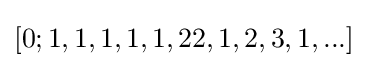
[0;1,1,1,1,1,22,1,2,3,1,...]